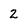
Character: 2